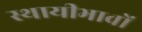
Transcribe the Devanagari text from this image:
स्थायीभावों